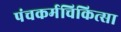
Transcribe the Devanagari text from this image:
पंचकर्मचिकित्सा